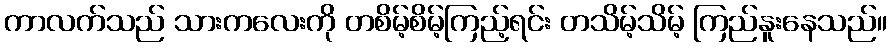
ကာလက်သည် သားကလေးကို တစိမ့်စိမ့်ကြည့်ရင်း တသိမ့်သိမ့် ကြည်နူးနေသည်။